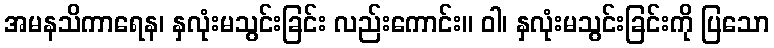
အမနသိကာရေန၊ နှလုံးမသွင်းခြင်း လည်းကောင်း။ ဝါ၊ နှလုံးမသွင်းခြင်းကို ပြသော